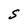
Character: S